Some observations on the poison of the banded krait (Bungarus fasciatus) - Number 7
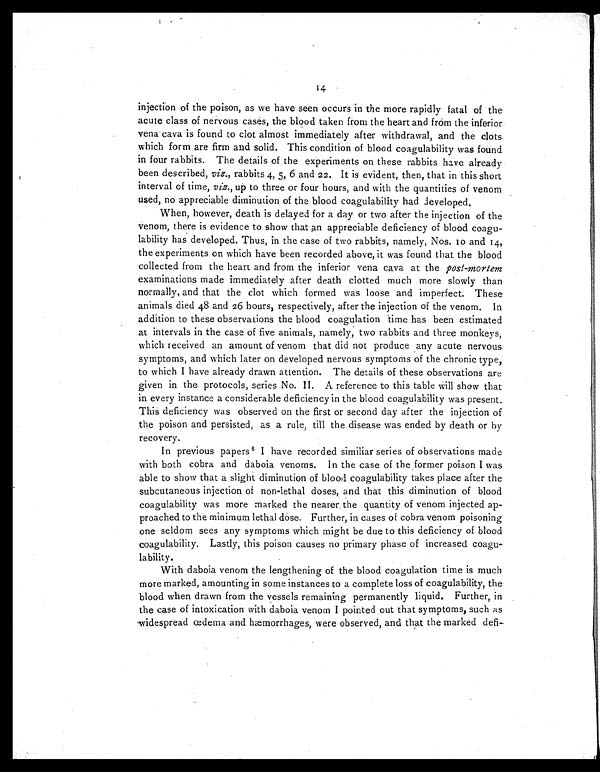
14
injection of the poison, as we have seen occurs in the more rapidly fatal of the
acute class of nervous cases, the blood taken from the heart and from the inferior
vena cava is found to clot almost immediately after withdrawal, and the clots.
which form are firm and solid. This condition of blood coagulability was found
in four rabbits. The details of the experiments on these rabbits have already
been described, viz., rabbits 4, 5, 6 and 22. It is evident, then, that in this short
interval of time, viz., up to three or four hours, and with the quantities of venom
used, no appreciable diminution of the blood coagulability had developed,
When, however, death is delayed for a day or two after the injection of the
venom, there is evidence to show that an appreciable deficiency of blood coagu-
ability has developed. Thus, in the case of two rabbits, namely, Nos. 10 and 14,
the experiments on which have been recorded above, it was found that the blood
collected from the heart and from the inferior vena cava at the post-mortem
examinations made immediately after death clotted much more slowly than
normally, and that the clot which formed was loose and imperfect. These
animals died 48 and 26 hours, respectively, after the injection of the venom. In
addition to these observations the blood coagulation time has been estimated
at intervals in the case of five animals, namely, two rabbits and three monkeys,
which received an amount of venom that did not produce any acute nervous.
symptoms, and which later on developed nervous symptoms of the chronic type,
to which I have already drawn attention. The details of these observations are
given in the protocols, series No. II. A reference to this table will show that
in every instance a considerable deficiency in the blood coagulability was present.
This deficiency was observed on the first or second day after the injection of
the poison and persisted, as a rule, till the disease was ended by death or by
recovery.
In previous papers6 I have recorded similiar series of observations made
with both cobra and daboia venoms. In the case of the former poison I was
able to show that a slight diminution of blood coagulability takes place after the
subcutaneous injection of non-lethal doses, and that this diminution of blood
coagulability was more marked the nearer the quantity of venom injected ap-
proached to the minimum lethal dose. Further, in cases of cobra venom poisoning
one seldom sees any symptoms which might be due to this deficiency of blood
coagulability. Lastly, this poison causes no primary phase of increased coagu-
lability.
With daboia venom the lengthening of the blood coagulation time is much
more marked, amounting in some instances to a complete loss of coagulability, the
blood when drawn from the vessels remaining permanently liquid. Further, in
the case of intoxication with daboia venom I pointed out that symptoms, such as
widespread œdema and hæmorrhages, were observed, and that the marked defi-